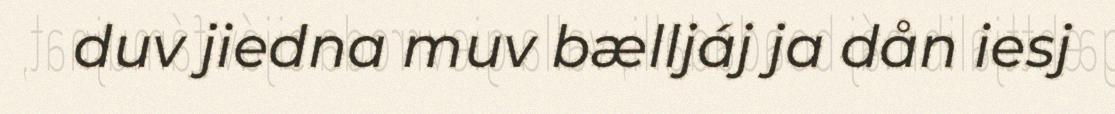
duv jiedna muv bælljáj ja dån iesj